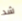
شد